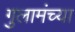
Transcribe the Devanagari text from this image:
गुलामंच्या